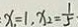
x _ { 1 } = 1 , x _ { 2 } = \frac { 1 } { 5 }